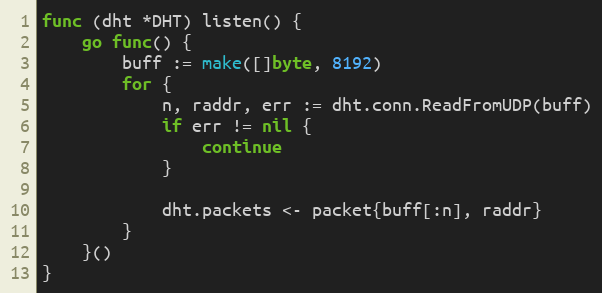
Language: Go
func (dht *DHT) listen() {
	go func() {
		buff := make([]byte, 8192)
		for {
			n, raddr, err := dht.conn.ReadFromUDP(buff)
			if err != nil {
				continue
			}

			dht.packets <- packet{buff[:n], raddr}
		}
	}()
}